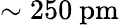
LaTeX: \sim 250~\mathrm{pm}